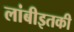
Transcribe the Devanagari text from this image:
लांबीइतकी